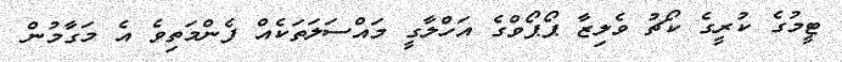
ޓީމުގެ ކުރީގެ ކޯޗު ވެލިޒާ ޕޯޕޯވްގެ އަހްލާގީ މައްސަލަތަކެއް ފެންމަތިވެ އެ މަގާމުން